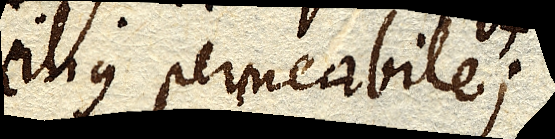
cilius permeabile